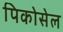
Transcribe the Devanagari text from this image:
पिकोसेल